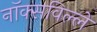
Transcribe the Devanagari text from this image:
नॉक्सविल्ले